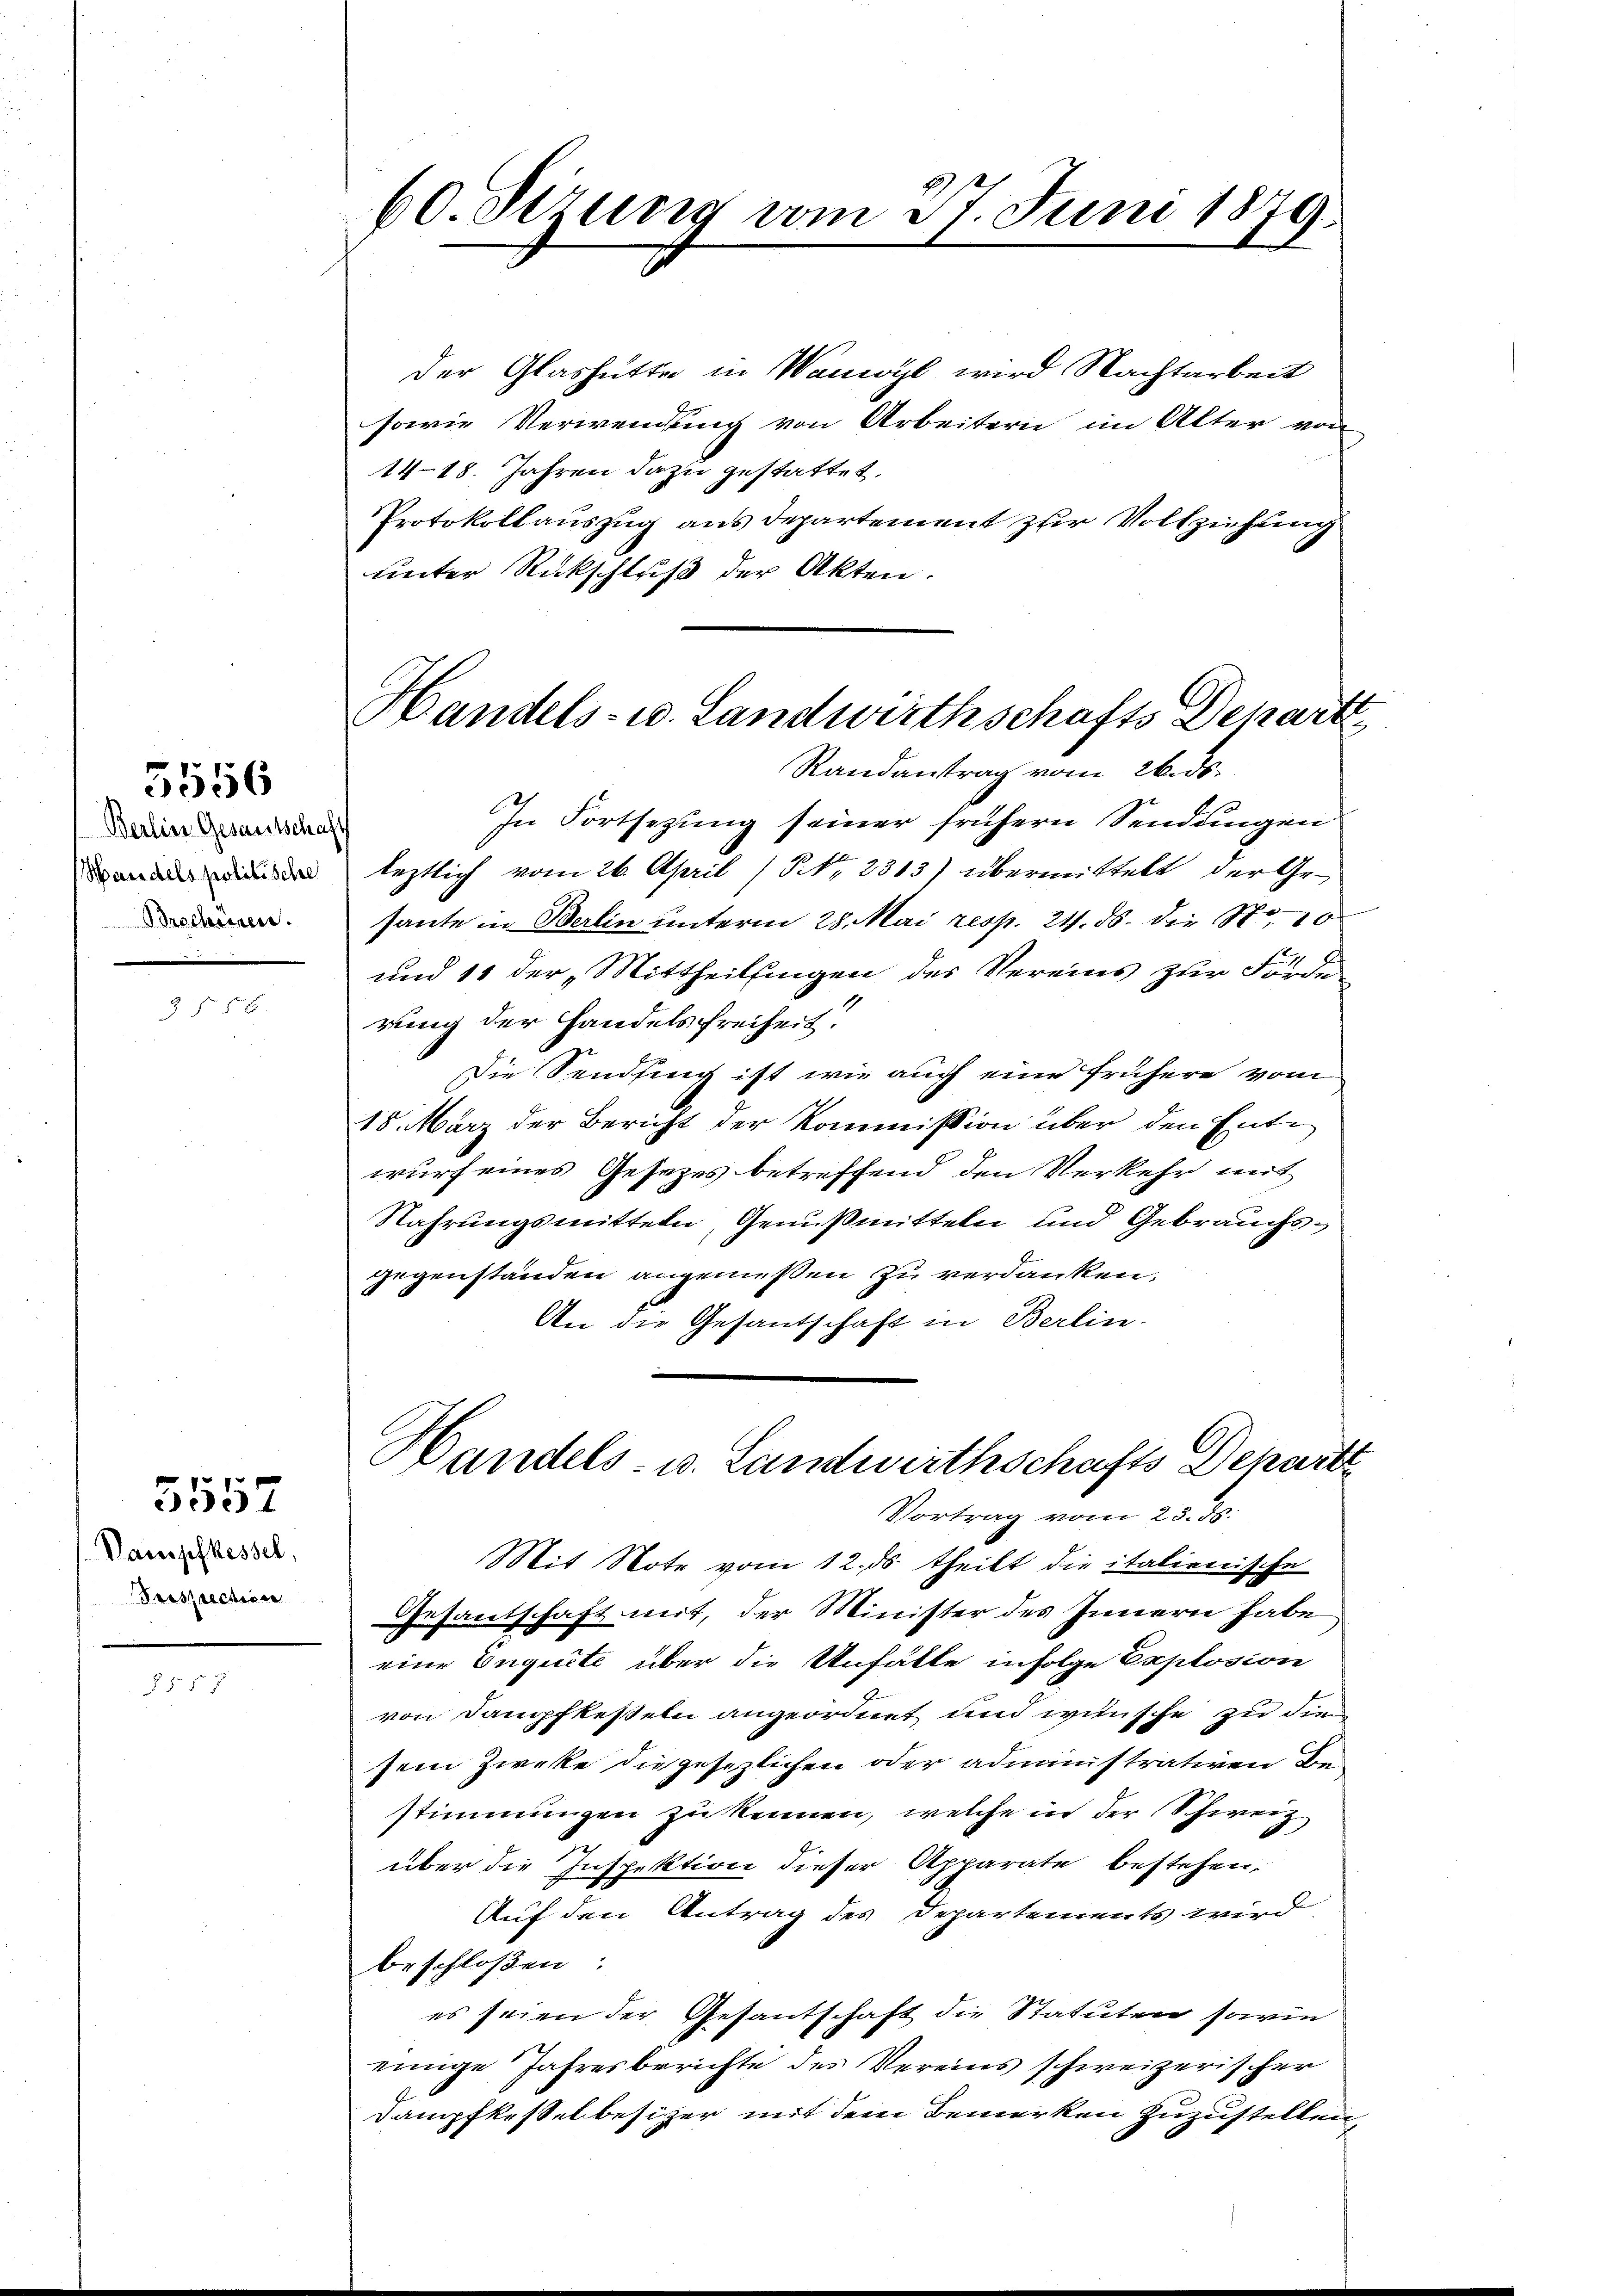
5556

Berline Gesantschaft
Mandels politische
Brochennen.

3 f 5 x

Vampfkessel
Persprechion

5557

7

60. Sezung vom 27. Juni 1879.

der Glashütte in Wanoyl wird Nachtarbeit
sowie Verwendung von Arbeitern im Alter von
1418. Jahren dazu gestattet.
Protokollauszug aus Departement zur Vollziehung
unter Rückschluß der Akten.

Handels- u. Landwirthschafts Depart
Randantrag vom 26. ds.

In Fortsezung seiner frühern Sendungen
leztlich vom 26. April (NNo. 2313) übermittelt der Gehaute in Berlin unterm 28. Mai resp. 24. ds. die No 10
und 11 der „Mittheilungen des Vereins zur Förde
rung der Handelsfreiheit!
Die Sendfing ist wie auch eine frühere vom
18. März der Bericht der Kommission über den Entwurf eines Gesetzes betreffend den Verkehr mit
Nahrungsmitteln, Genußmitteln und Gebrauchsgegenständen angenießen zu verdanken.
An die Gesantschaft in Berlin.
Handels- u. Landwirthschafts Departe
Vortrag vom 23. ds.
Mit Note vom 12. ds. theilt die italienische
Gesandschaft mit, der Minister des Innern habe
eine Engucte über die Unhätte infolge Explosion
von Dampfkesseln angeordnet und wünsche zu die
sem Zweke die gesezlichen oder administrativen Bestimmungen zu kennen, welche in der Schweiz
über die Inspektion dieser Apparate bestehen.
Auf den Antrag des Departements wird
beschloßen:
es seien der Gesantschaft die Statuten sowie
einige Jahresberichte des Vereins schweizerischer
Dampfkesselbesitzer mit dem Bemerken zuzustellen,